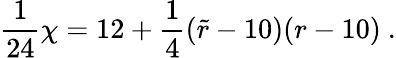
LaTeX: {\frac{1}{24}}\chi=12+{\frac{1}{4}}({\widetilde r}-10)(r-10)~.